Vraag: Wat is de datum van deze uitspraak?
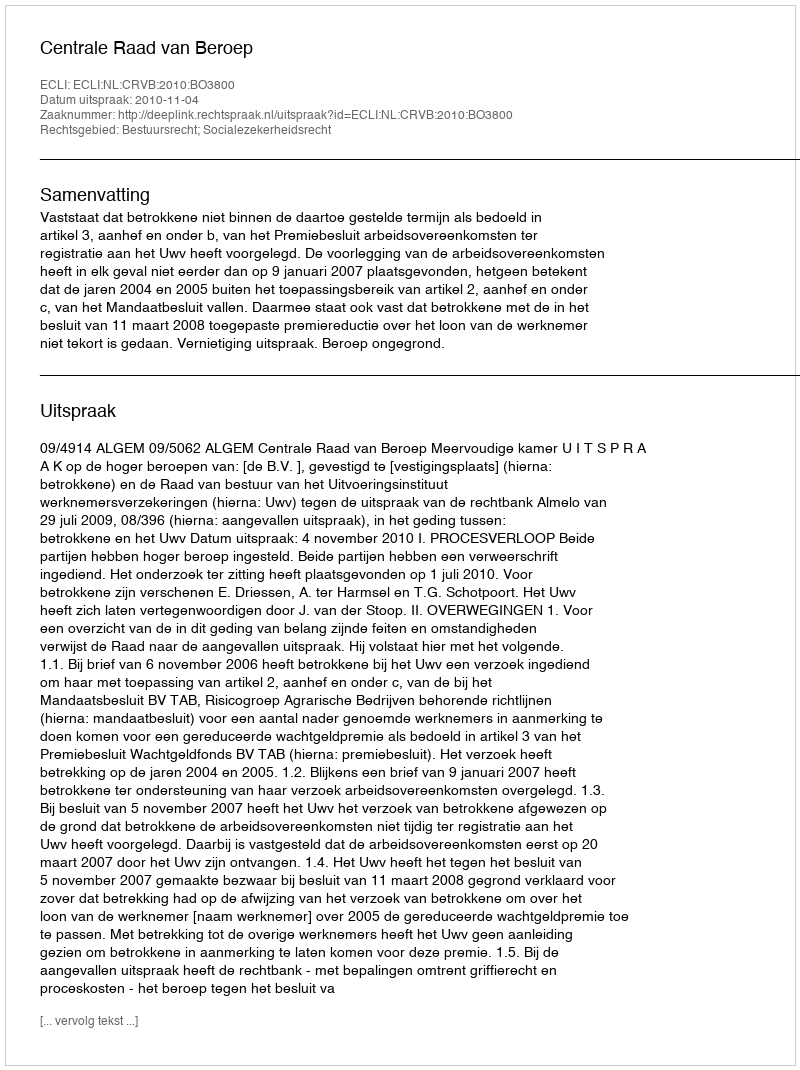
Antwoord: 2010-11-04